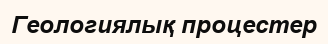
Геологиялық процестер